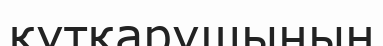
құтқарушының